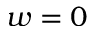
w = 0